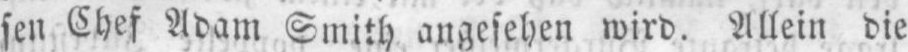
sen Chef Adam Smith angesehen wird. Allein die